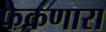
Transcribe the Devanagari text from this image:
फेकणारा